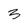
Character: 3